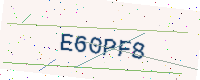
Text: E60PF8